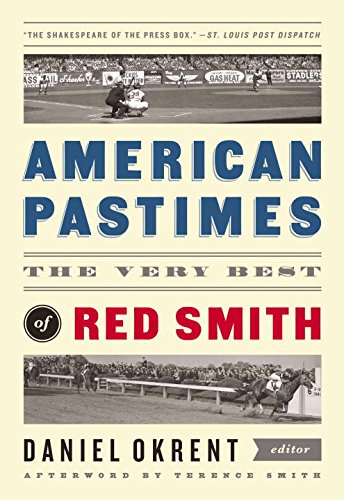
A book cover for American Pastimes: the Very Best of Red Smith (The Library of America); Red Smith; Sports & Outdoors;